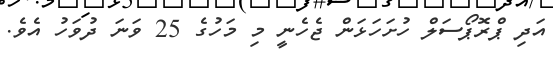
އަދި ޕްރޮޕޯސަލް ހުށަހަޅަން ޖެހެނީ މި މަހުގެ 25 ވަނަ ދުވަހު އެެވެ.